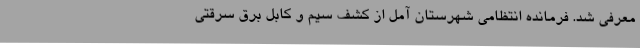
معرفی شد. فرمانده انتظامی شهرستان آمل از کشف سیم و کابل برق سرقتی